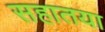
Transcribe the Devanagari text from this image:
सहातया